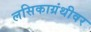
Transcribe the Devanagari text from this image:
लसिकाग्रंथीवर